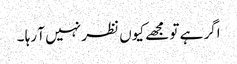
اگر ہے تو مجھے کیوں نظر نہیں آ رہا ۔